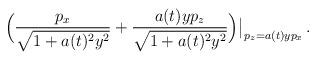
LaTeX: \begin{align*}\Big(\frac{p_x}{\sqrt{1+a(t)^2 y^2}}+\frac{a(t)y p_z}{\sqrt{1+a(t)^2 y^2}}\Big)\big\vert_{p_z=a(t)y p_x}\,.\end{align*}